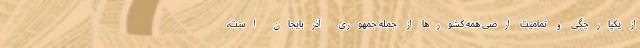
از یکپارچگی و تمامیت ارضی همه کشورها از جمله جمهوری آذربایجان است،